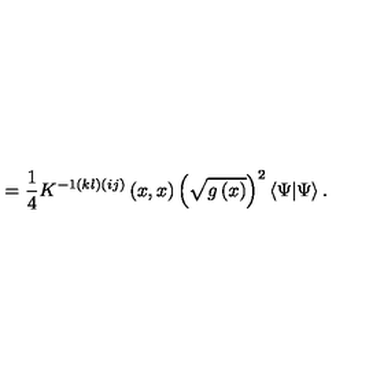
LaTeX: = \frac 1 4 K ^ { - 1 \left( k l \right) \left( i j \right) } \left( x , x \right) \left( \sqrt { g \left( x \right) } \right) ^ { 2 } \left\langle \Psi | \Psi \right\rangle .